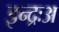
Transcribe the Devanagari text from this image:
इन्द्रःअ